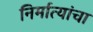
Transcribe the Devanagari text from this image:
निर्मात्यांचा